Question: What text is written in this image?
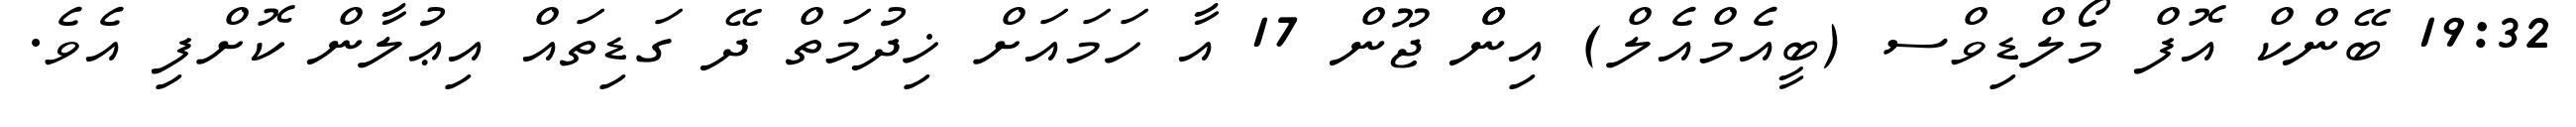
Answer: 19:32 ބޭންކް އޮފް މޯލްޑިވްސ (ބީއެމްއެލް) އިންް ޖޫން 17 އާ ހަމައަށް ޚިދުމަތް ދޭ ގަޑިތައް އިޢުލާން ކޮށްފި އެވެ.